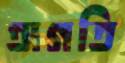
অগতি